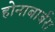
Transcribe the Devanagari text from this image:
होनाबार्बरा